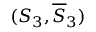
( S _ { 3 } , \overline { { S } } _ { 3 } )